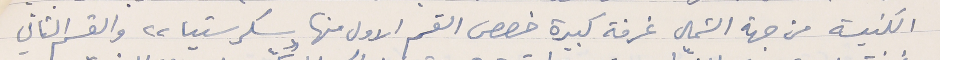
الكنيسة من جهة الشمال غرفة كبيرة خصص القسم الاول منها "سكرستيا" والقسم الثاني